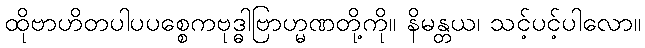
ထိုဗာဟိတပါပပစ္စေကဗုဒ္ဓါဗြာဟ္မဏတို့ကို။ နိမန္တယ၊ သင့်ပင့်ပါလော။